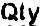
QTY